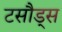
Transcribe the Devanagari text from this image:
टसौड्स